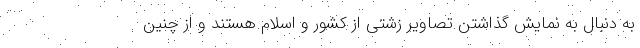
به دنبال به نمایش گذاشتن تصاویر زشتی از کشور و اسلام هستند و از چنین